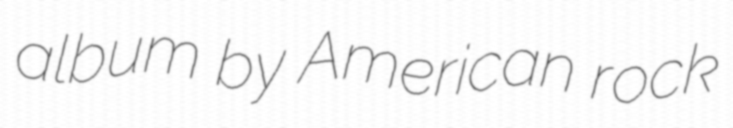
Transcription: album by American rock